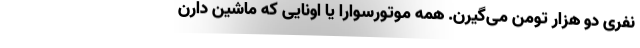
نفری دو هزار تومن می‌گیرن. همه موتورسوارا یا اونایی که ماشین دارن